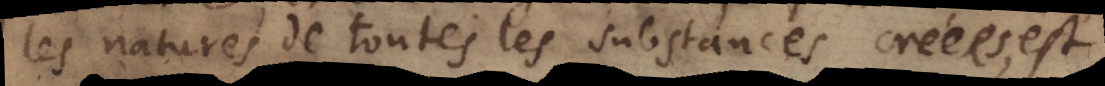
les natures de toutes les substances créées, est